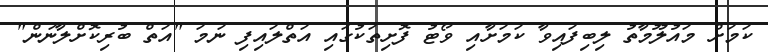
ކަމަށް މައުލޫމާތު ލިބިފައިވާ ކަމަށާއި ވޯޓު ފޮށިތަކުގައި އަތްލައިފި ނަމަ "އަތް ބުރިކޮށްލާނަން"